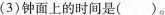
(3)钟面上的时间是()。